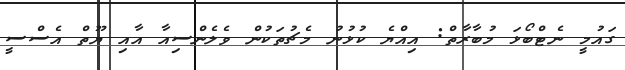
ގައުމީ ނެޓްބޯޅަ މުބާރާތް: އިއްޔެ ކުޅުނު މެޗުތަކުން ވެލެންސިއާ އާއި ޔޫތް އެސްސީ